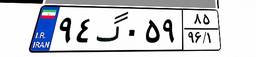
۳۹گ۶۱۸۱۰